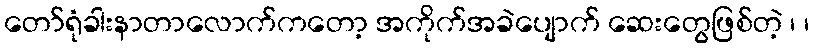
တော်ရုံခါးနာတာလောက်ကတော့ အကိုက်အခဲပျောက် ဆေးတွေဖြစ်တဲ့ ၊ ၊